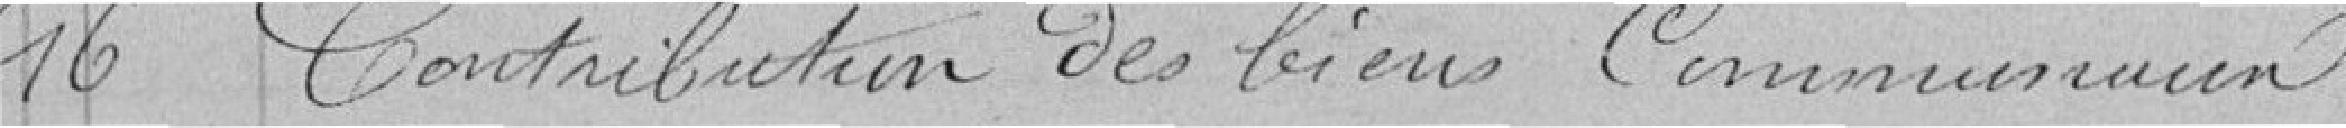
16 - Contribution des biens communaux